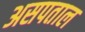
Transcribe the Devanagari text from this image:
असपताल